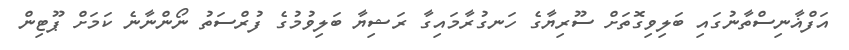
އަފްޣާނިސްތާނުގައި ބަލިވިގޮތަށް ސޫރިޔާގެ ހަނގުރާމައިގާ ރަޝިޔާ ބަލިވުމުގެ ފުރްސަތު ނޯންނާނެ ކަމަށް ޕޫޓިން